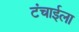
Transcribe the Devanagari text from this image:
टंचाईला